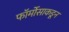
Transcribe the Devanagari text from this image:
फॉर्मोसाकडून